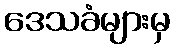
ဒေသခံများမှ